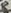
Text: 8